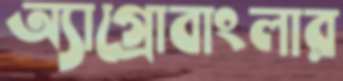
অ্যাগ্রোবাংলার